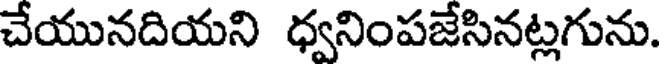
చేయునదియని ధ్వనింపజేసినట్లగును.